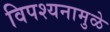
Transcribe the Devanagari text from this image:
विपश्यनामुळे